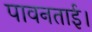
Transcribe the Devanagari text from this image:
पावनताई।